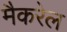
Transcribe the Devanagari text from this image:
मैकरेल